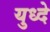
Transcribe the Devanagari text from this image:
युध्दे